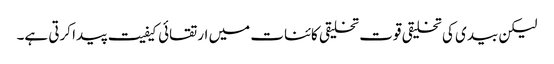
لیکن بیدی کی تخلیقی قوت تخلیقی کائنات میں ارتقائی کیفیت پیدا کرتی ہے۔